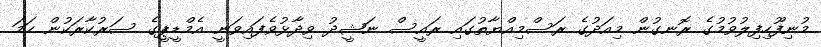
މުނިފޫހިފިލުވުމުގެ ރޮނގުން މިއަދުގެ ރަސްމިއްޔާތުގައި ރައީސް ނަޝީދު ވިދާޅުވެފައިވަނީ އެމްޑީޕީގެ ސަރުކާރަކުން ހަމަ